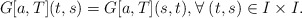
\begin{align*}G[a,T](t,s)=G[a,T](s,t),\forall \;(t,s)\in I \times I.\end{align*}